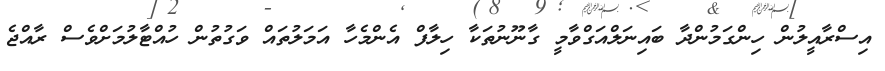
އިސްރާއީލުން ހިންގަމުންދާ ބައިނަލްއަގްވާމީ ގާނޫނުތަކާ ހިލާފް އެންމެހާ އަމަލުތައް ވަގުތުން ހުއްޓާލުމަށްވެސް ރާއްޖެ